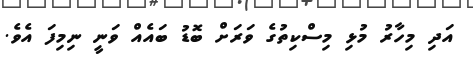
އަދި މިހާރު މުޅި މިސްކިތުގެ ވަރަށް ބޮޑު ބައެއް ވަނީ ނިމިފަ އެވެ.